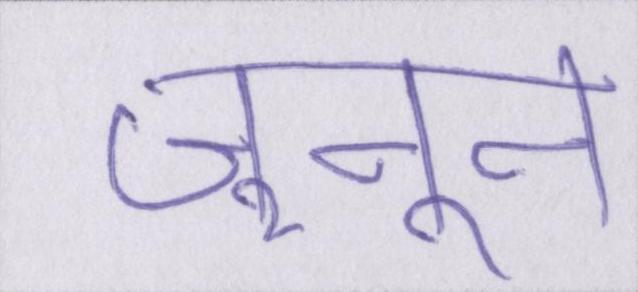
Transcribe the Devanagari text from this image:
जुनून